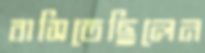
বাসিতেছিলেন